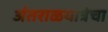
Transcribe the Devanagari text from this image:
अंतराळयात्रेचा